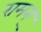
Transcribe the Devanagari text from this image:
रामन्‌